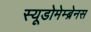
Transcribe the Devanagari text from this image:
स्यूडोमेम्ब्रेनस